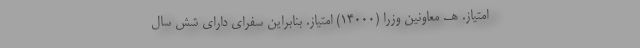
امتیاز. هـ. معاونین وزرا (۱۴۰۰۰) امتیاز. بنابراین سفرای دارای شش سال